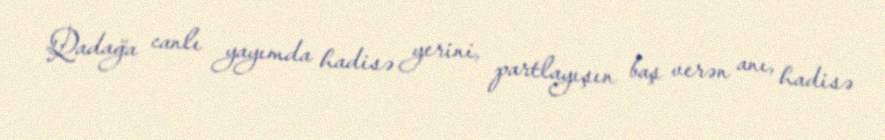
Qadağa canlı yayımda hadisə yerini, partlayışın baş verən anı, hadisə